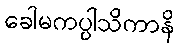
ခေါမကပ္ပါသိကာနိ